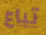
تباع